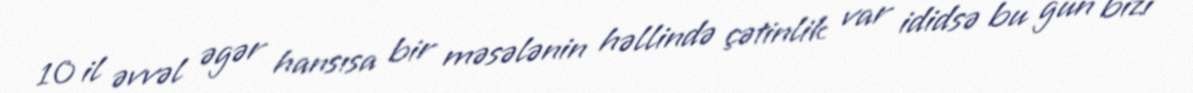
10 il əvvəl əgər hansısa bir məsələnin həllində çətinlik var ididsə bu gün bizi